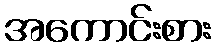
အကောင်းစား